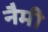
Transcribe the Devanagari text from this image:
नैमी